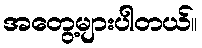
အတွေ့များပါတယ်။